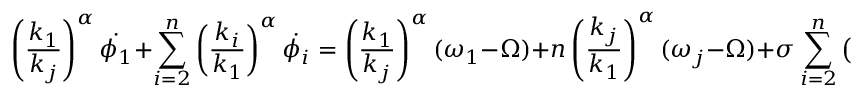
\left( \frac { k _ { 1 } } { k _ { j } } \right) ^ { \alpha } \dot { \phi _ { 1 } } + \sum _ { i = 2 } ^ { n } \left( \frac { k _ { i } } { k _ { 1 } } \right) ^ { \alpha } \dot { \phi _ { i } } = \left( \frac { k _ { 1 } } { k _ { j } } \right) ^ { \alpha } ( \omega _ { 1 } - \Omega ) + n \left( \frac { k _ { j } } { k _ { 1 } } \right) ^ { \alpha } ( \omega _ { j } - \Omega ) + \sigma \sum _ { i = 2 } ^ { n } \left( \sin ( \phi _ { 1 } - \phi _ { i } ) + \sin ( \phi _ { i } - \phi _ { 1 } ) \right) .